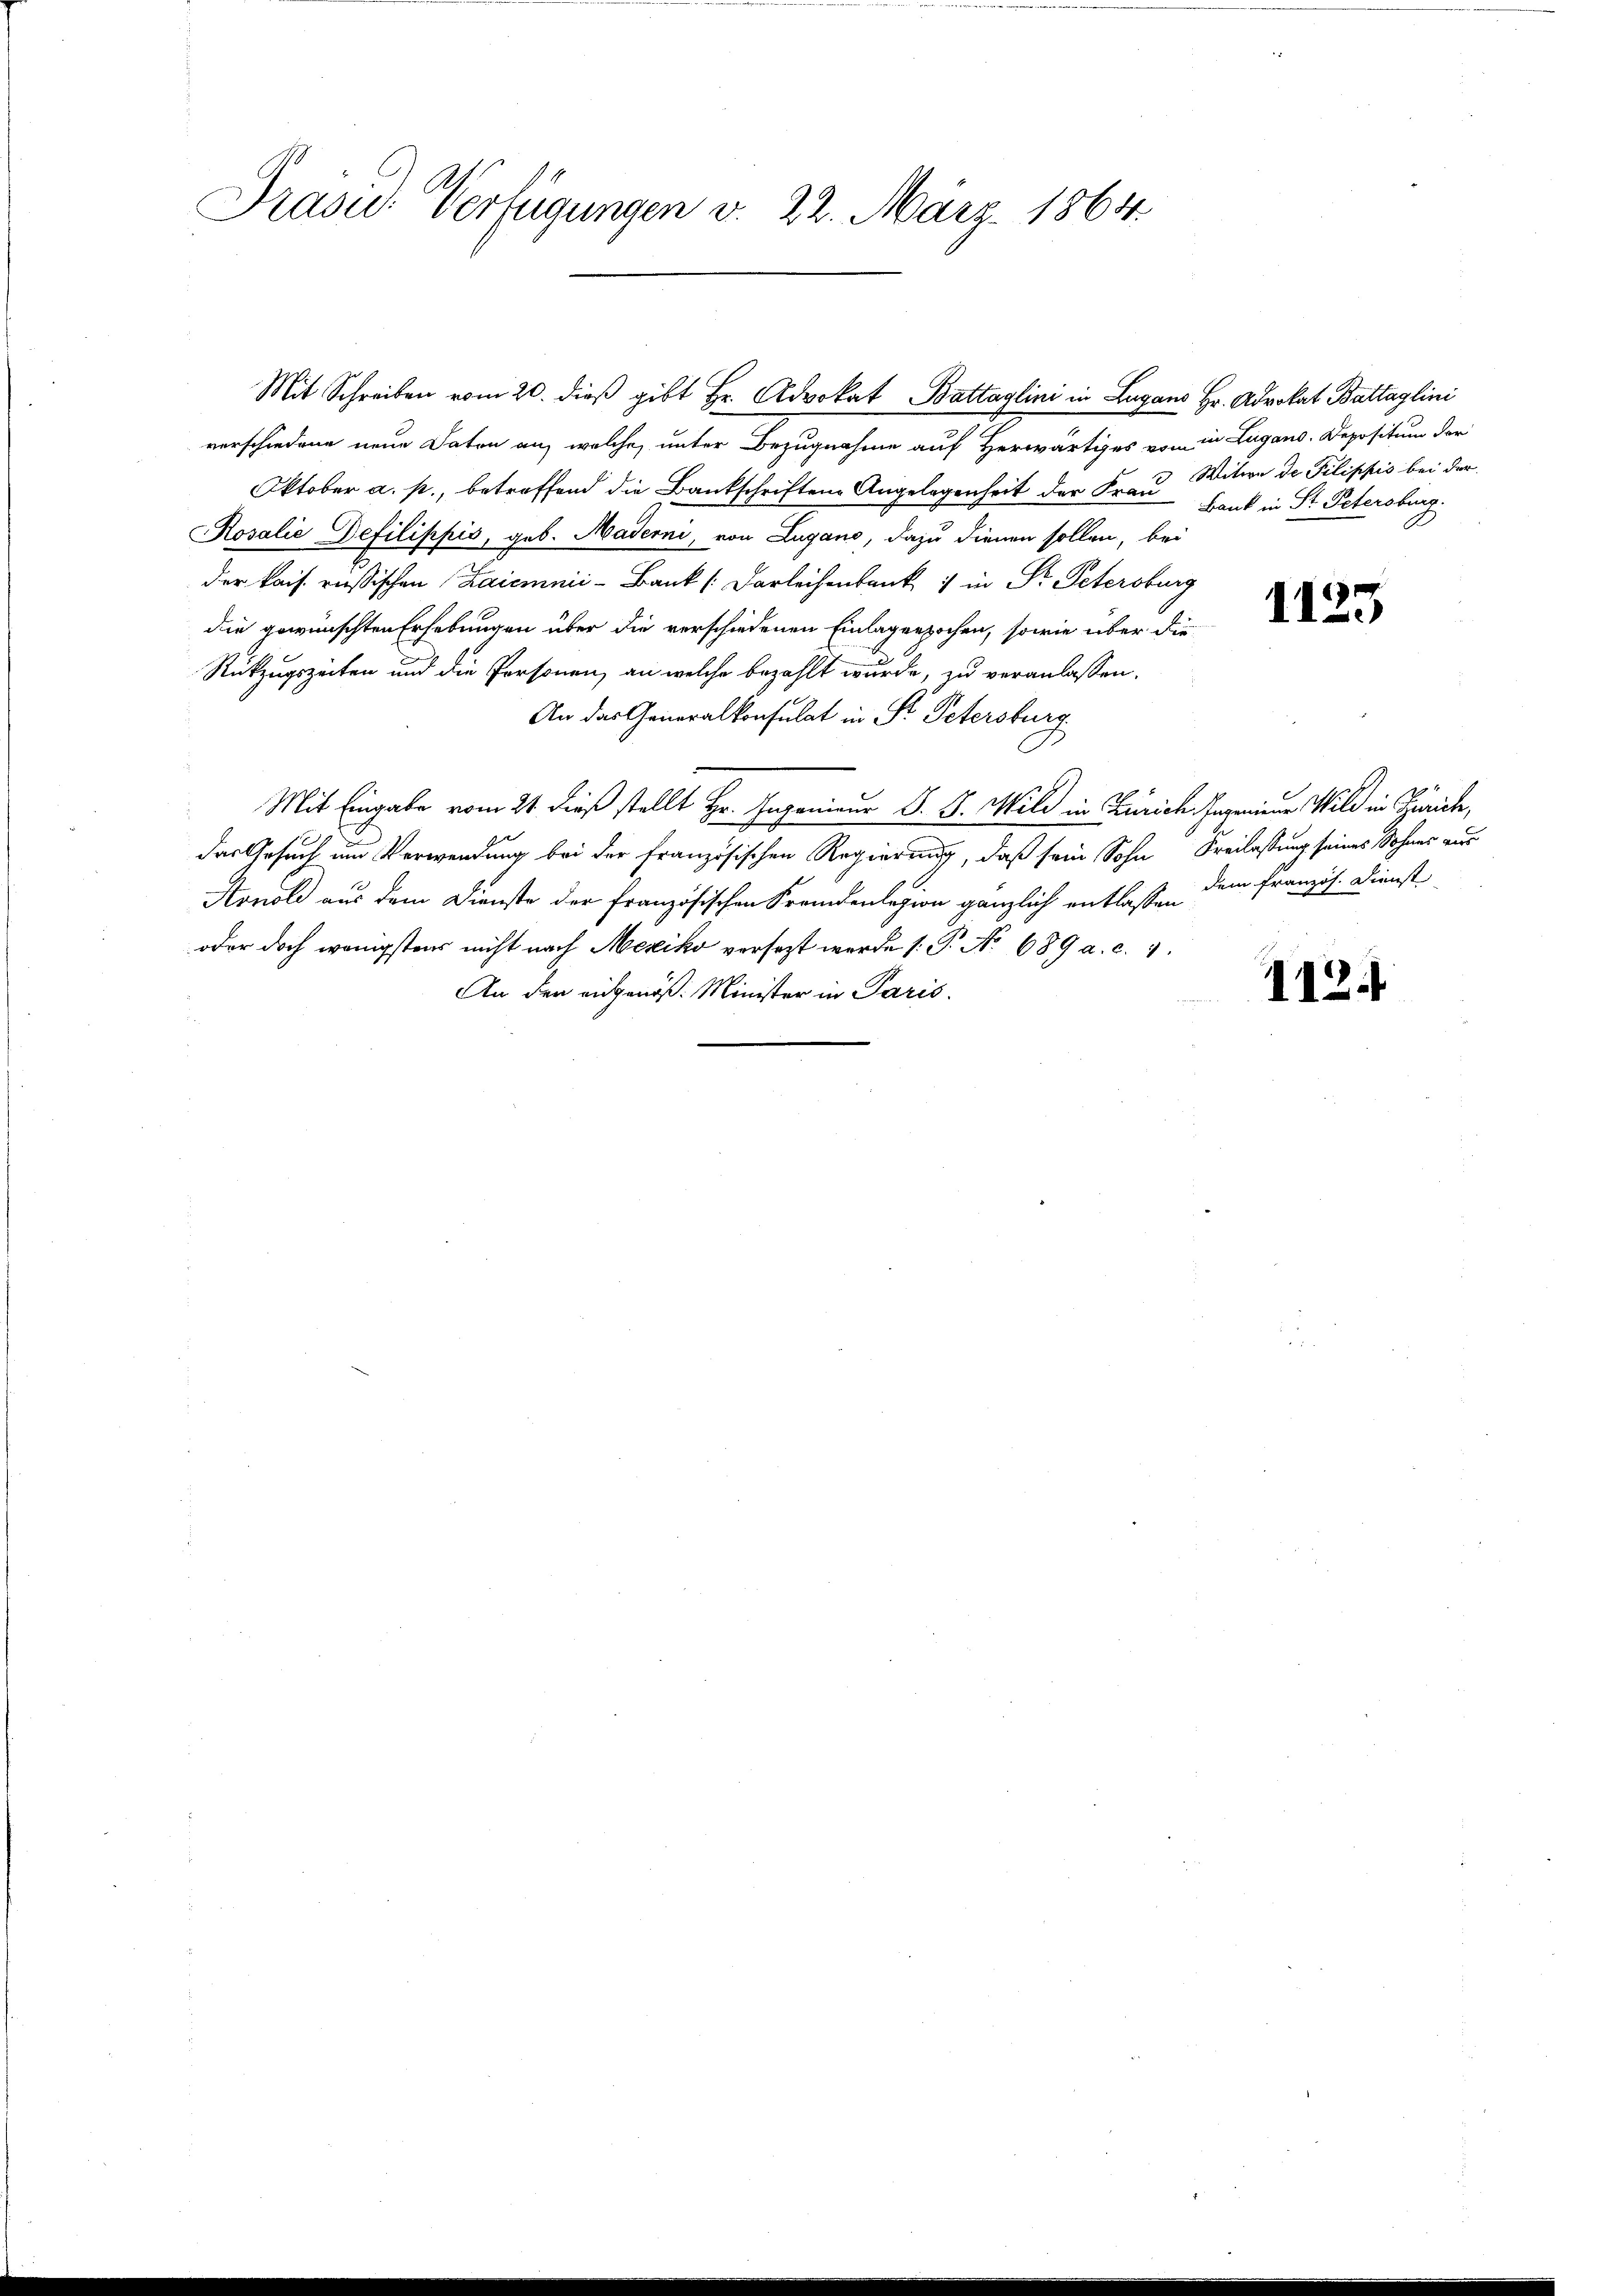
Präsid.: Verfügungen v. 22. März 1864

Mit Schreiben vom 20. dieß gibt Hr. Advokat Battaglini in Lugans Hr. Advokat Battaglini
verschiedene neue Daten an, welche, unter Bezugnahme auf Herwärtiges von in Lugano. Depositum der
Oktober a. p., betreffend die Bankschriftene Angelegenheit der Frau Witwe de Pilippis bei der
Rosalie Defilippis, geb. Maderni, von Lugano, dazu dienen sollen, bei
der kais. russischen Kaicmnii-Bank (Darleichenbank in Dr. Petersburg
die gewünschten Erhebungen über die verschiedenen Einlagenpochen, sowie über die
Rükzugszeiten und die Personen, an welche bezahlt wurde, zu veranlassen.
An das Generalkonsulat in Fr. Petersburg
Mit Eingabe vom 21 dieß stellt Hr. Ingenieur d. 8. Mild in Zürich Ingenieur Wild in Zürich,
das Gesuch und Verwendung bei der Französischen Regierung, daß sein Sohn Freilassung seines Sohnes aus
Arnold aus dem Dienste der französischen Fremdenlegion gänzlich entlassen dem Französ. Dienst
oder doch wenigstens nicht nach Mexiko versezt werde (: P. No 689 a. c. 7.
An den eidgenöß: Minister in Paris.

Bank in St. Petersburg.

1123

112.